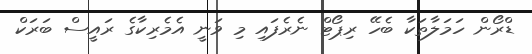
ޑްރޯން ހަމަލާތަކާ ބެހޭ ރިޕޯޓް ނެރެފައި މި ވަނީ އެމެރިކާގެ ރައީސް ބަރަކް